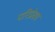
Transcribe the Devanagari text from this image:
परिप्रेक्ष्‍य